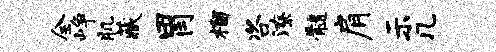
全峥肌藏胃榴咨潦髓肩示几